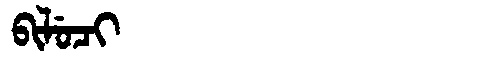
Manchu: ᠪᡳᠯᡠᠴᡳ
Romanization: BILUCI